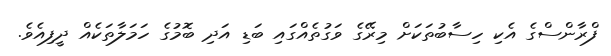
ފްރާންސްގެ އެކި ހިސާބުތަކަށް މިރޭގެ ވަގުތެއްގައި ބަޑި އަދި ބޮމުގެ ހަމަލާތަކެއް ދީފިއެވެ.